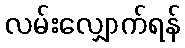
လမ်းလျှောက်ရန်